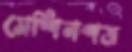
মেশিনপত্র